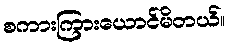
စကားကြားယောင်မိတယ်။